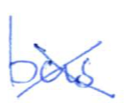
Text: bus
Cross-out: cross
Writing tool: ballpoint